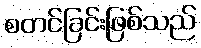
စတင်ခြင်းဖြစ်သည်